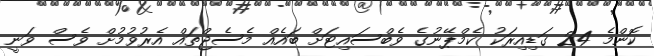
ކޮންމެ 24 ގަޑިއިރަކު ކެމްޕޭނުގެ ވެބްސައިޓަށް ބައެއް މެސެޖްތައް އެރުވުމުށް ވެސް ވަނީ